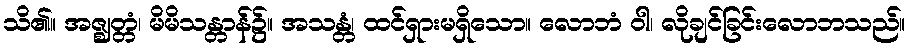
သိ၏။ အဇ္ဈတ္တံ၊ မိမိသန္တာန်၌။ အသန္တံ၊ ထင်ရှားမရှိသော။ လောဘံ ဝါ၊ လိုချင်ခြင်းလောဘသည်။